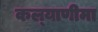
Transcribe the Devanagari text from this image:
कल्‍याणीमा